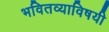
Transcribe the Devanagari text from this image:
भवितव्याविषयी